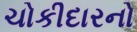
ચોકીદારનો